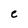
Character: e